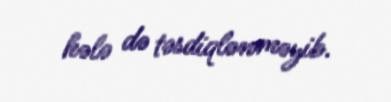
hələ də təsdiqlənməyib.